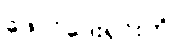
ဖောင်ဒေးရှင်းကို